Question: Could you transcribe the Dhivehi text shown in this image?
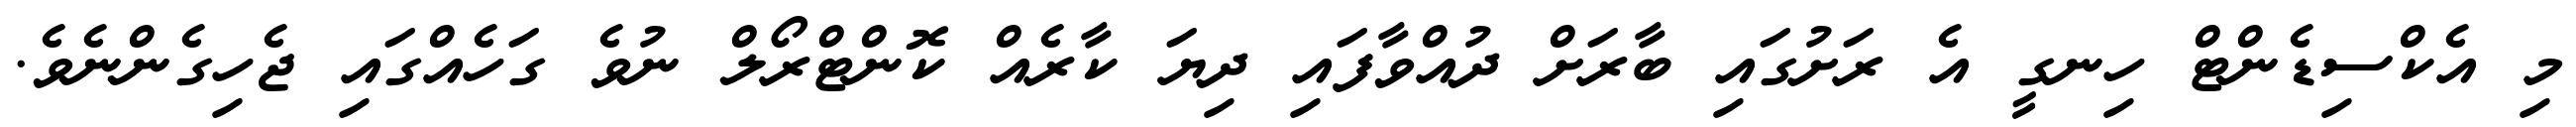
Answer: މި އެކްސިޑެންޓް ހިނގީ އެ ރަށުގައި ބާރަށް ދުއްވާފައި ދިޔަ ކާރެއް ކޮންޓްރޯލް ނުވެ ގަހެއްގައި ޖެހިގެންނެވެ.